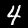
Digit: 4